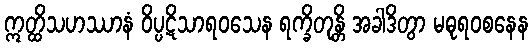
ဣတ္ထိသဟဿာနံ ဝိပ္ပဋိသာရဝသေန ရက္ခိတုန္တိ အခါဒိတွာ မဓုရဝစနေန